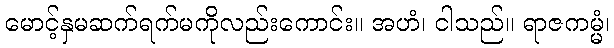
မောင့်နှမဆက်ရက်မကိုလည်းကောင်း။ အဟံ၊ ငါသည်။ ရာဇကမ္မံ၊